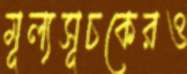
মূল্যসূচকেরও